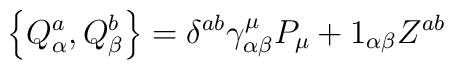
\left\{ Q_\alpha ^a,Q_\beta ^b\right\} =\delta ^{ab}\gamma _{\alpha \beta}^\mu P_\mu +1_{\alpha \beta }Z^{ab}